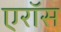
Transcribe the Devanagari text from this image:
एरॉस